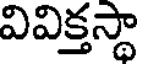
వివిక్తస్థా